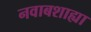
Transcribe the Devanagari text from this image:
नवाबशाह्या